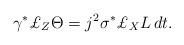
LaTeX: \begin{align*}\gamma ^{\ast }\pounds _{Z}\Theta =j^{2}\sigma ^{\ast }\pounds _{X}L\,dt.\end{align*}